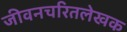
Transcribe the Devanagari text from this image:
जीवनचरितलेखक